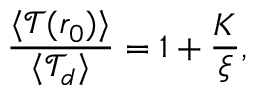
\frac { \langle \mathcal { T } ( r _ { 0 } ) \rangle } { \langle \mathcal { T } _ { d } \rangle } = 1 + \frac { K } { \xi } ,